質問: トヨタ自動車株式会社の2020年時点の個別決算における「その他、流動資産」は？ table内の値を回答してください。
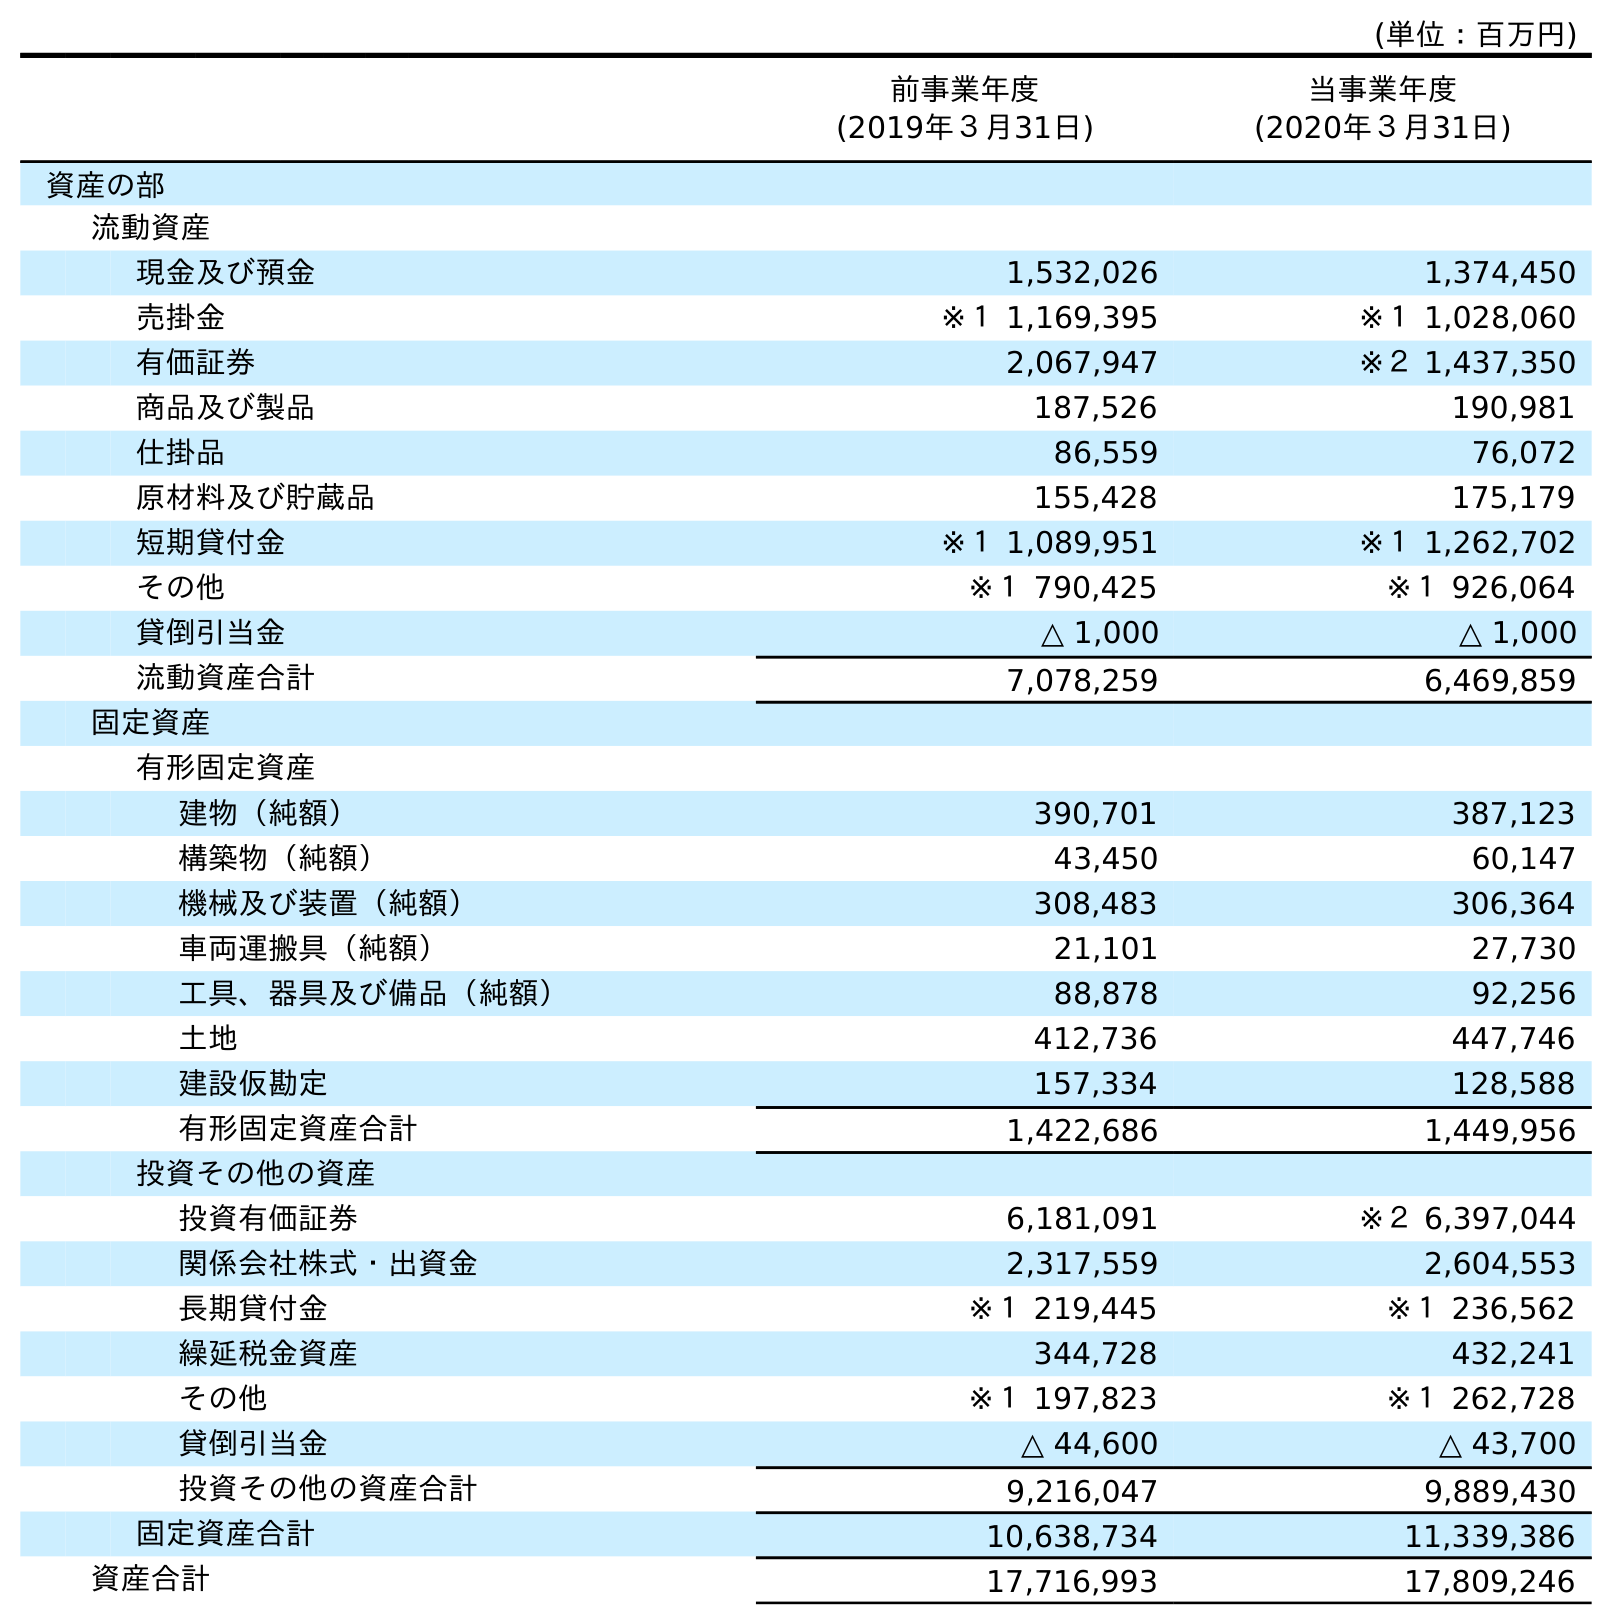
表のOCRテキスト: (単位：百万円) 前事業年度 (2019年３月31日) 当事業年度 (2020年３月31日) 資産の部 流動資産 現金及び預金 1,532,026 1,374,450 売掛金 ※１ 1,169,395 ※１ 1,028,060 有価証券 2,067,947 ※２ 1,437,350 商品及び製品 187,526 190,981 仕掛品 86,559 76,072 原材料及び貯蔵品 155,428 175,179 短期貸付金 ※１ 1,089,951 ※１ 1,262,702 その他 ※１ 790,425 ※１ 926,064 貸倒引当金 △ 1,000 △ 1,000 流動資産合計 7,078,259 6,469,859 固定資産 有形固定資産 建物（純額） 390,701 387,123 構築物（純額） 43,450 60,147 機械及び装置（純額） 308,483 306,364 車両運搬具（純額） 21,101 27,730 工具、器具及び備品（純額） 88,878 92,256 土地 412,736 447,746 建設仮勘定 157,334 128,588 有形固定資産合計 1,422,686 1,449,956 投資その他の資産 投資有価証券 6,181,091 ※２ 6,397,044 関係会社株式・出資金 2,317,559 2,604,553 長期貸付金 ※１ 219,445 ※１ 236,562 繰延税金資産 344,728 432,241 その他 ※１ 197,823 ※１ 262,728 貸倒引当金 △ 44,600 △ 43,700 投資その他の資産合計 9,216,047 9,889,430 固定資産合計 10,638,734 11,339,386 資産合計 17,716,993 17,809,246
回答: ※１926,064